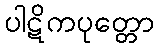
ပါဋိကပုတ္တော